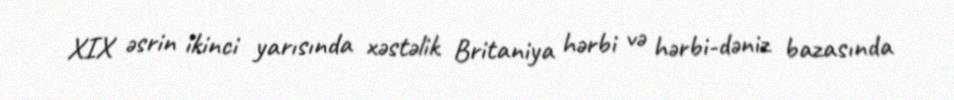
XIX əsrin ikinci yarısında xəstəlik Britaniya hərbi və hərbi-dəniz bazasında